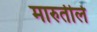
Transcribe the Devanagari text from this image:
मारुतीले